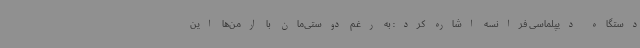
دستگاه دیپلماسی فرانسه اشاره کرد: به رغم دوستی‌مان با ارمن‌ها این